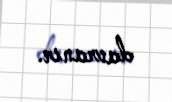
davranır.